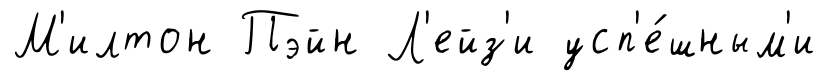
М'илтон Пэйн Л'ейз'и усп'е́шным'и